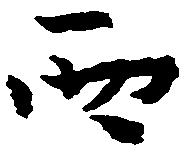
西